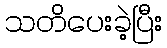
သတိပေးခဲ့ပြီး